Indian journal of veterinary science and animal husbandry - Volumes 15-17, 1948-1951
Year: 1948
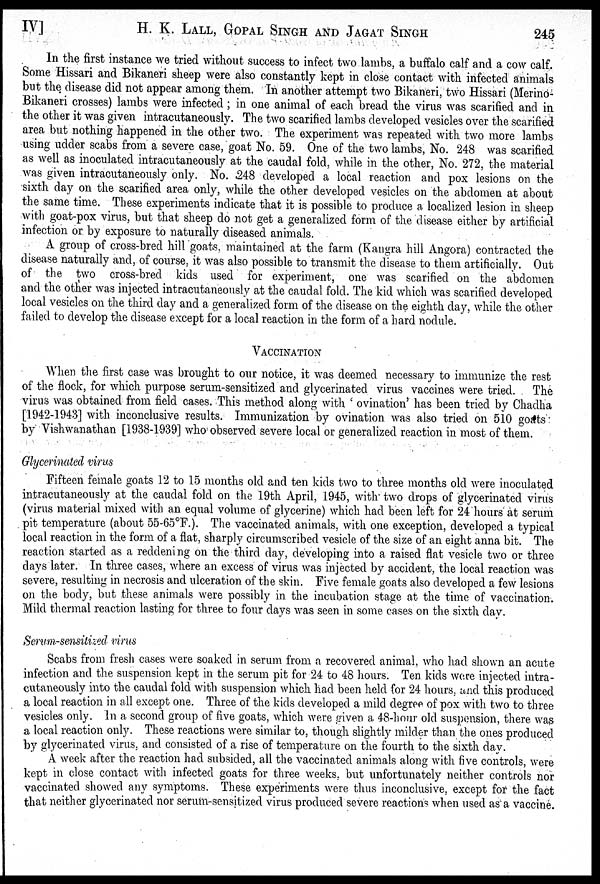
IV]
H. K.LALL, GOPAL SINGH AND JAGAT SINGH 245
In the first instance we tried without success to infect two lambs, a buffalo calf and a cow calf.
Some Hissari and Bikaneri sheep were also constantly kept in close contact with infected animals
but the disease did not appear among them. In another attempt two Bikaneri, two Hissari (Merino-
Bikaneri crosses) lambs were infected; in one animal of each bread the virus was scarified and in
the other it was given intracutaneously. The two scarified lambs developed vesicles over the scarified
area but nothing happened in the other two. The experiment was repeated with two more lambs
using udder scabs from a severe case, goat No. 59. One of the two lambs, No. 248 was scarified
as well as inoculated intracutaneously at the caudal fold, while in the other, No. 272, the material
was given intracutaneously only. No. .248 developed a local reaction and pox lesions on the
sixth day on the scarified area only, while the other developed vesicles on the abdomen at about
the same time. These experiments indicate that it is possible to produce a localized lesion in sheep
with goat-pox virus, but that sheep do not get a generalized form of the disease either by artificial
infection or by exposure to naturally diseased animals.
A group of cross-bred hill goats, maintained at the farm (Kangra hill Angora) contracted the
disease naturally and, of course, it was also possible to transmit the disease to them artificially. Out
of the two cross-bred kids used for experiment, one was scarified on the abdomen
and the other was injected intracutaneously at the caudal fold. The kid which was scarified developed
local vesicles on the third day and a generalized form of the disease on the eighth day, while the other
failed to develop the disease except for a local reaction in the form of a hard nodule.
VACCINATION
When the first case was brought to our notice, it was deemed necessary to immunize the rest
of the flock, for which purpose serum-sensitized and glycerinated virus vaccines were tried. The
virus was obtained from field cases. This method along with ' ovination' has been tried by Chadha
[1942-1943] with inconclusive results. Immunization by ovination was also tried on 510 goats
by Vishwanathan [1938-1939] who observed severe local or generalized reaction in most of them.
Glycerinated virus
Fifteen female goats 12 to 15 months old and ten kids two to three months old were inoculated
intracutaneously at the caudal fold on the 19th April, 1945, with two drops of glycerinated virus
(virus material mixed with an equal volume of glycerine) which had been left for 24 hours at serum
pit temperature (about 55-65°F.). The vaccinated animals, with one exception, developed a typical
local reaction in the form of a flat, sharply circumscribed vesicle of the size of an eight anna bit. The
reaction started as a reddening on the third day, developing into a raised flat vesicle two or three
days later. In three cases, where an excess of virus was injected by accident, the local reaction was
severe, resulting in necrosis and ulceration of the skin. Five female goats also developed a few lesions
on the body, but these animals were possibly in the incubation stage at the time of vaccination.
Mild thermal reaction lasting for three to four days was seen in some cases on the sixth day.
Serum-sensitized virus
Scabs from fresh cases were soaked in serum from a recovered animal, who had shown an acute
infection and the suspension kept in the serum pit for 24 to 48 hours. Ten kids were injected intra-
cutaneously into the caudal fold with suspension which had been held for 24 hours, and this produced
a local reaction in all except one. Three of the kids developed a mild degree of pox with two to three
vesicles only. In a second group of five goats, which were given a 48-hour old suspension, there was
a local reaction only. These reactions were similar to, though slightly milder than the ones produced
by glycerinated virus, and consisted of a rise of temperature on the fourth to the sixth day.
A week after the reaction had subsided, all the vaccinated animals along with five controls, were
kept in close contact with infected goats for three weeks, but unfortunately neither controls nor
vaccinated showed any symptoms. These experiments were thus inconclusive, except for the fact
that neither glycerinated nor serum-sensitized virus produced severe reactions when used as a vaccine.